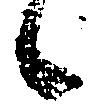
候